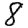
Digit: 8